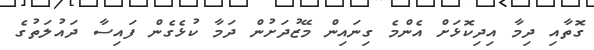
ގޮތާއި ދިމާ އިދިކޮޅަށް އެންމެ ގިނައިން މޭޒުދަށުން ދަމާ ކުޅެގެން ފައިސާ ދައުލަތުގެ